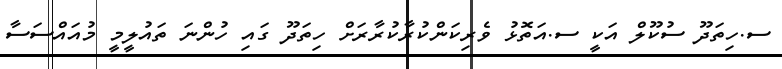
ސ.ހިތަދޫ ސުކޫލް އަކީ ސ.އަތޮޅު ވެރިކަންކުރާކުރާރަށް ހިތަދޫ ގައި ހުންނަ ތައުލީމީ މުއައްސަސާ